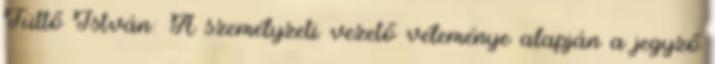
Tüttő István: A személyzeti vezető véleménye alapján a jegyző